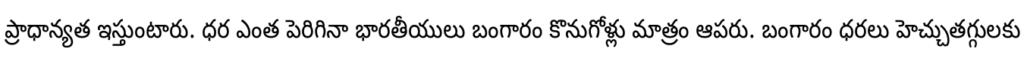
ప్రాధాన్యత ఇస్తుంటారు. ధర ఎంత పెరిగినా భారతీయులు బంగారం కొనుగోళ్లు మాత్రం ఆపరు. బంగారం ధరలు హెచ్చుతగ్గులకు